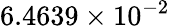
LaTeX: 6.4639\times 10^{-2}